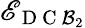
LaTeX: \mathscr{E}_{\mathrm{{~D~C~}}\mathcal{{B}}_{2}}